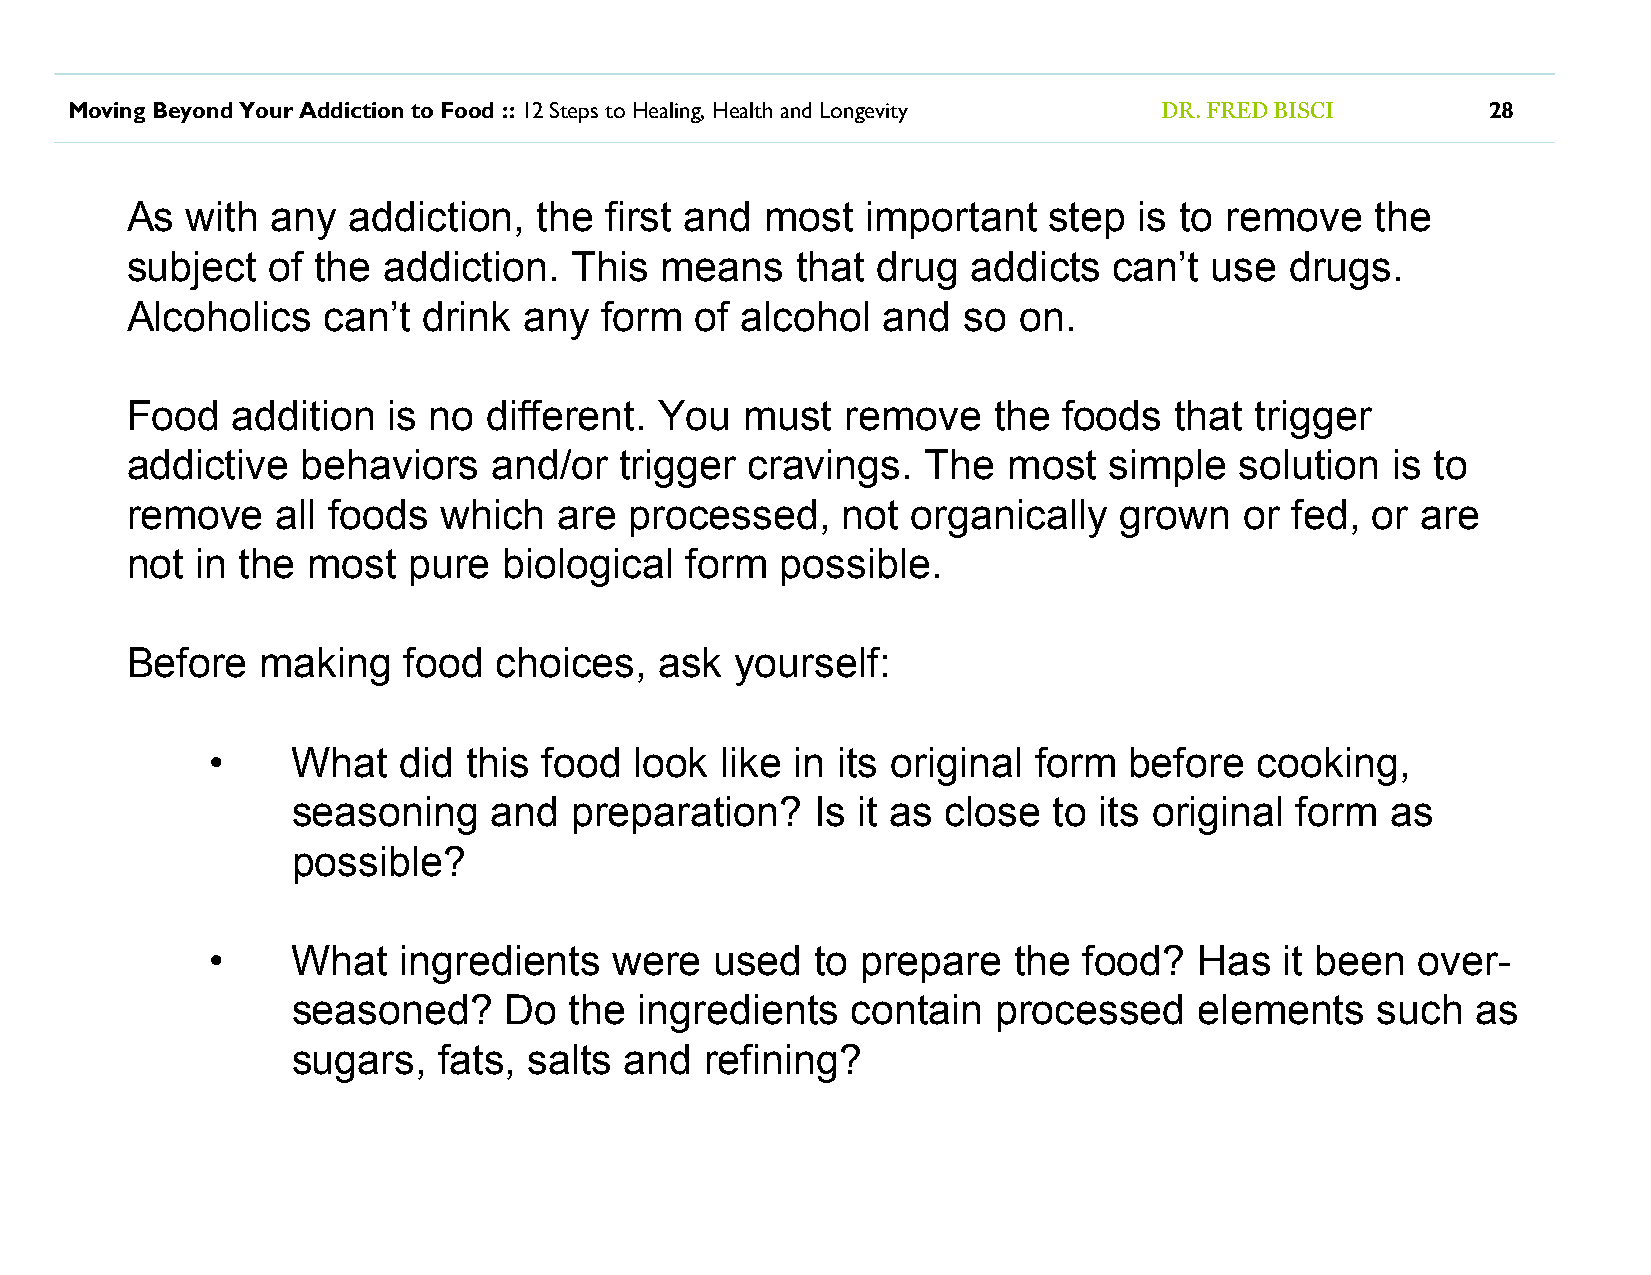
Moving Beyond Your Addiction to Food :: 12 Steps to Healing, Health and Longevity DR. FRED BISCI 28
 As  with  any  addiction,   the first and  most  important   step  is to remove    the
 subject   of the addiction.   This  means    that drug  addicts   can’t use  drugs.
 Alcoholics   can’t  drink  any  form  of alcohol  and   so on.
 Food   addition   is no different.  You  must   remove    the foods   that trigger
 addictive   behaviors    and/or  trigger  cravings.  The   most  simple   solution  is to
 remove    all foods  which   are  processed,    not organically   grown   or fed,  or are
 not  in the most   pure  biological  form   possible.
 Before   making    food  choices,   ask  yourself:
 •    What   did  this food  look  like in its original form  before  cooking,
 seasoning     and  preparation?    Is it as close  to its original form  as
 possible?
 •    What   ingredients    were  used   to prepare   the  food?  Has   it been  over-
 seasoned?     Do   the ingredients   contain   processed    elements    such   as
 sugars,   fats, salts and   refining?